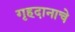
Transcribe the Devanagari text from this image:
गृहदानाचे